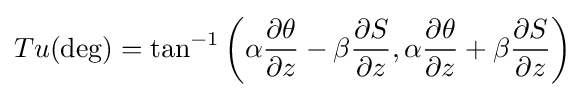
Tu(\deg )=\tan ^{-1}\left(\alpha {\frac {\partial \theta }{\partial z}}-\beta {\frac {\partial S}{\partial z}},\alpha {\frac {\partial \theta }{\partial z}}+\beta {\frac {\partial S}{\partial z}}\right)